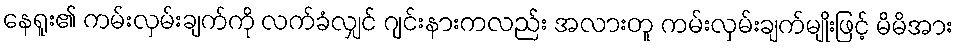
နေရူး၏ ကမ်းလှမ်းချက်ကို လက်ခံလျှင် ဂျင်းနားကလည်း အလားတူ ကမ်းလှမ်းချက်မျိုးဖြင့် မိမိအား